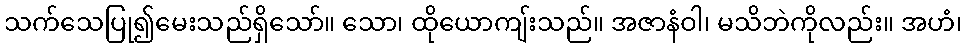
သက်သေပြု၍မေးသည်ရှိသော်။ သော၊ ထိုယောကျ်းသည်။ အဇာနံဝါ၊ မသိဘဲကိုလည်း။ အဟံ၊